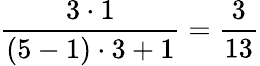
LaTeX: \frac{3\cdot 1}{(5-1)\cdot 3+1}=\frac{3}{13}